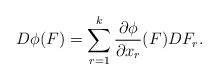
\begin{align*}D\phi(F)=\sum_{r=1}^k \frac{\partial \phi}{\partial x_r}(F) D F_r.\end{align*}